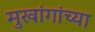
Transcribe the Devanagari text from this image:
मुखांगांच्या